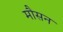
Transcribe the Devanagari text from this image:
मौसन